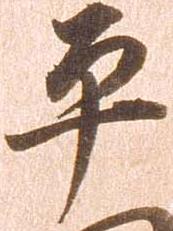
平